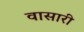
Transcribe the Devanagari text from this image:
वासारी